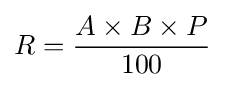
R={\frac {A\times B\times P}{100}}